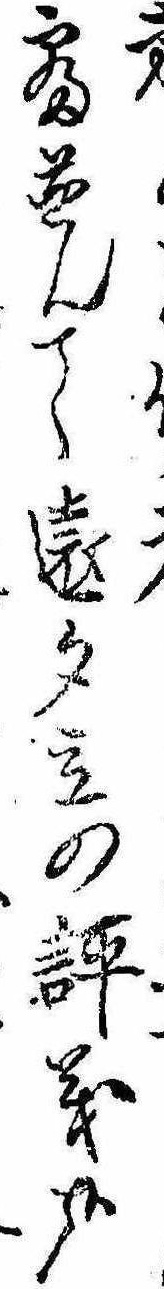
寝並んて遠夕立の評義哉